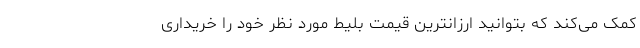
کمک می‌کند که بتوانید ارزانترین قیمت بلیط مورد نظر خود را خریداری